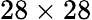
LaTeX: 28\times 28